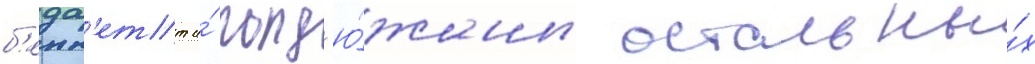
б'енн'етт и́ полд'ю́жины остальны́х